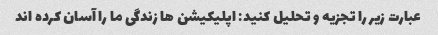
عبارت زیر را تجزیه و تحلیل کنید: اپلیکیشن ها زندگی ما را آسان کرده اند